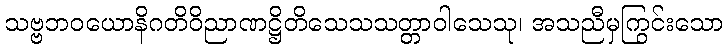
သဗ္ဗဘဝယောနိဂတိဝိညာဏဋ္ဌိတိသေသသတ္တာဝါသေသု၊ အသညီမှကြွင်းသော